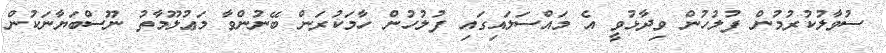
ސުވާލުކުރުމުން ފުލުހުން ވިދާޅުވީ އެ މައްސަލައިގައި ފުލުހުން ހާމަކުރަން ބޭނުންވާ މަޢުލޫމާތު ނޫސްބަޔާނަކުން